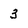
Character: 3